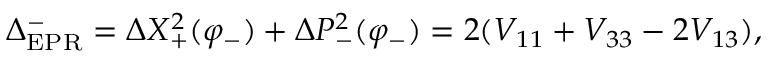
\Delta _ { \mathrm { E P R } } ^ { - } = \Delta X _ { + } ^ { 2 } ( \varphi _ { - } ) + \Delta P _ { - } ^ { 2 } ( \varphi _ { - } ) = 2 ( V _ { 1 1 } + V _ { 3 3 } - 2 V _ { 1 3 } ) ,